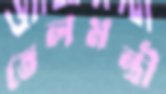
তেলমন্ত্রী